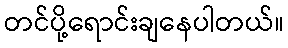
တင်ပို့ရောင်းချနေပါတယ်။